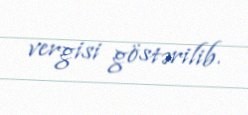
vergisi göstərilib.